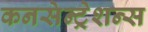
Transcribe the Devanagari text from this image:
कनसेन्ट्रेशन्स